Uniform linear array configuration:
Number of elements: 32
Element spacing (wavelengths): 0.5
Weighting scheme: hann
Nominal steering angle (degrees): -30
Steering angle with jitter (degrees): -30.989
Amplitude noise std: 0.05
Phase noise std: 0.05

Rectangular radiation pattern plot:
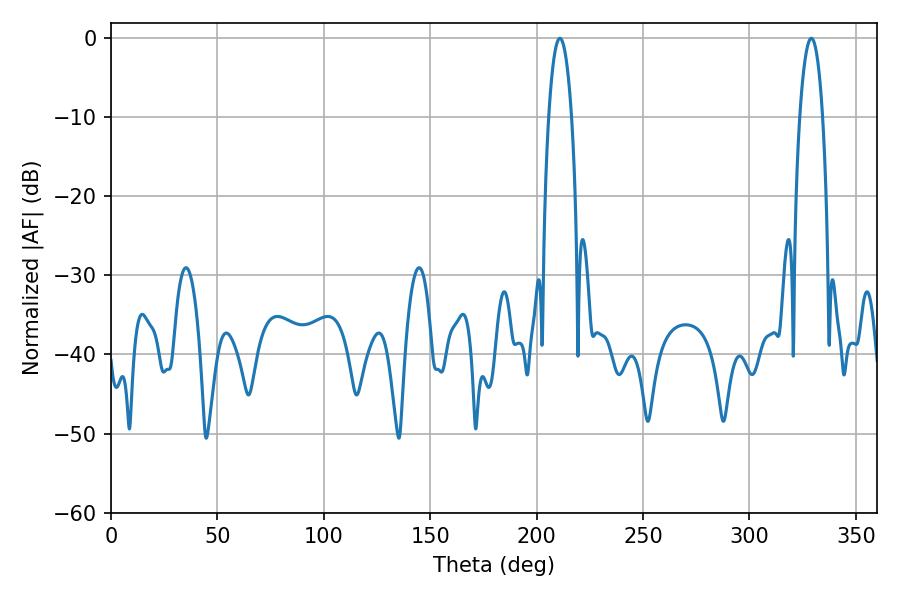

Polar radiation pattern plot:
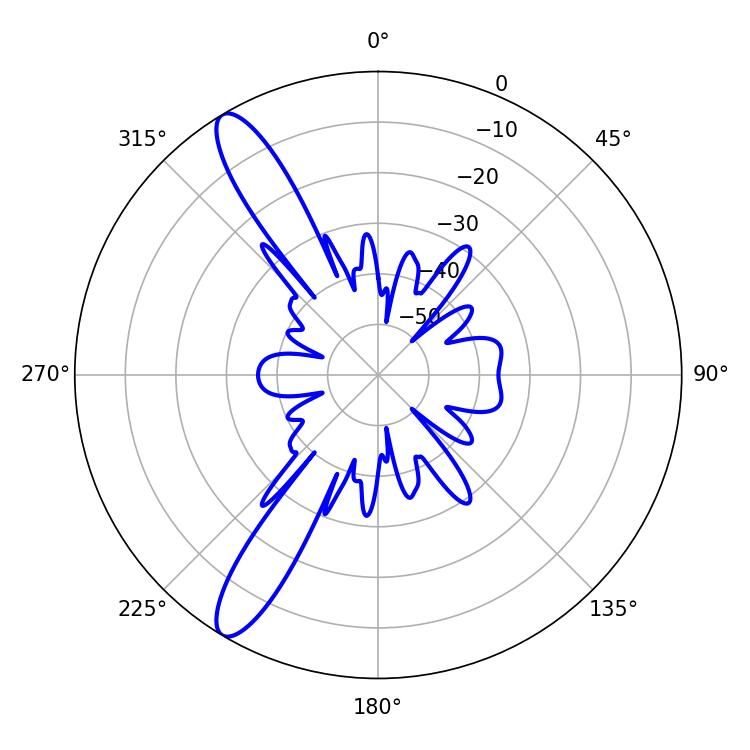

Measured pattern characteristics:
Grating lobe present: FALSE
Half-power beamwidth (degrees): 6.12
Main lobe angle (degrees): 329.04